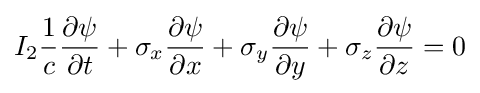
I_{2}{\frac {1}{c}}{\frac {\partial \psi }{\partial t}}+\sigma _{x}{\frac {\partial \psi }{\partial x}}+\sigma _{y}{\frac {\partial \psi }{\partial y}}+\sigma _{z}{\frac {\partial \psi }{\partial z}}=0